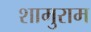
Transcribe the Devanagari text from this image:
शामुराम